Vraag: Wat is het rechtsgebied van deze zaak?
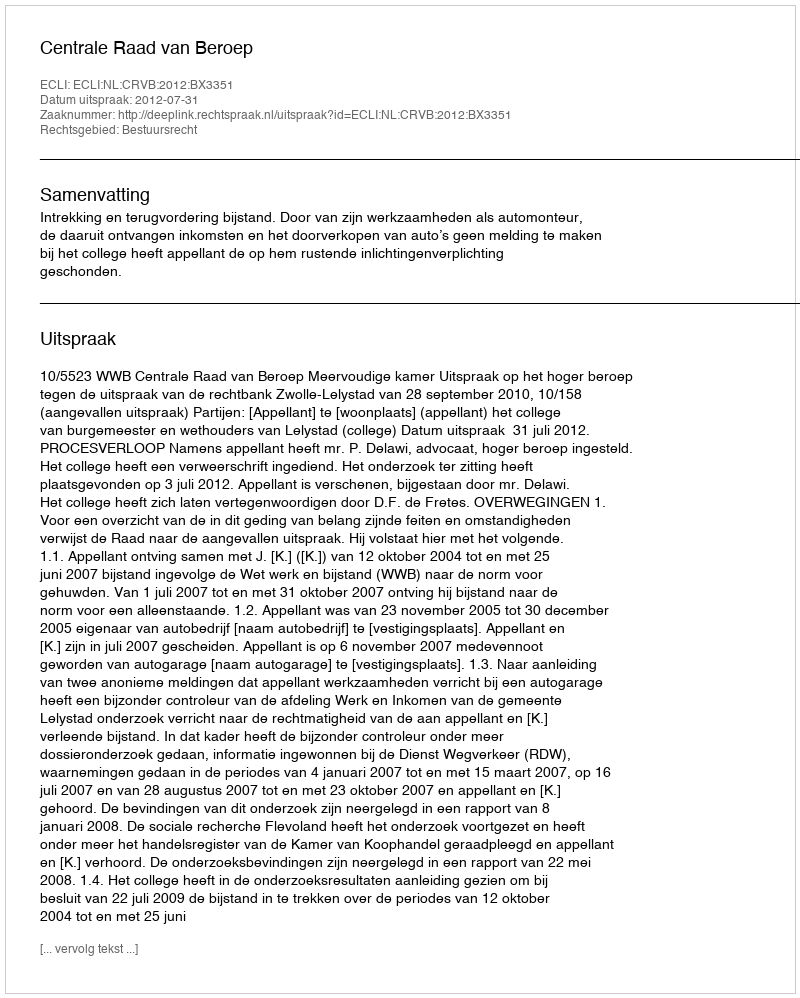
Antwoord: Bestuursrecht